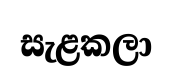
සැළකලා